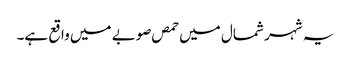
یہ شہر شمال میں حمص صوبے میں واقع ہے۔